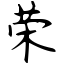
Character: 荣